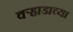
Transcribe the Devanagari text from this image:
वर्‍हाडाच्या